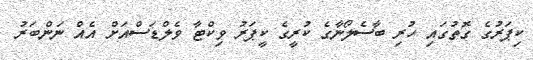
ކިޕަރުގެ ގޮތުގައި ހުރި ބާސެލޯނާގެ ކުރީގެ ކީޕަރު ވިކްޓާ ވެލްޑަސްއަށް އެއް ނަންބަރު